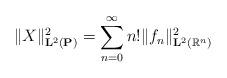
LaTeX: \begin{align*} \|X\|^2_{\mathbf{L}^2(\mathbf{P}) }= \sum_{n=0}^{\infty}n!\|f_n\|^2_{\mathbf{L}^2(\mathbb{R}^n)}\end{align*}